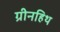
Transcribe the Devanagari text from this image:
ग्रीनहिथ